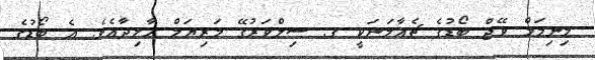
މިނިމަމް ވޭޖް ބޯޑުގެ ޗެއާމަނަކީ ގ. ސިލްވަރުގޭ މަރިޔަމް ހާލިދާއެވެ. އެ ބޯޑުގެ